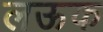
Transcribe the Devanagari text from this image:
लऊक